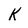
Character: K